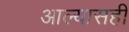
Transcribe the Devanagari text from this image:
आल्यासही